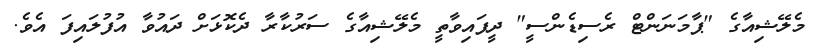
މެލޭޝިއާގެ "ޕާމަނަންޓް ރެސިޑެންސީ" ދީފައިވާތީ މެލޭޝިއާގެ ސަރުކާރާ ދެކޮޅަށް ދައުވާ އުފުލައިފަ އެވެ.